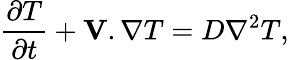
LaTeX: {\frac{\partial T}{\partial t}}+\textbf{V}.\nabla T=D\nabla^{2}T,